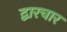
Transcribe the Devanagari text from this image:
द्वारचार